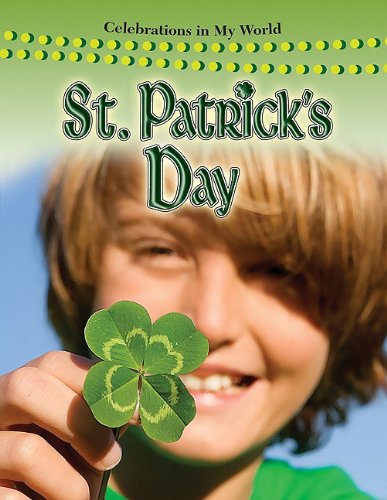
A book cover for St. Patrick's Day (Celebrations in My World); Molly Aloian; Children's Books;